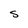
Character: S